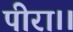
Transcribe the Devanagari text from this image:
पीरा।।